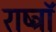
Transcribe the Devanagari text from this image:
राष्ट्रॉ